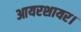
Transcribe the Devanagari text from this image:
आयरशायर।